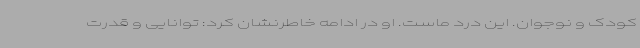
کودک و نوجوان. این درد ماست. او در ادامه خاطرنشان کرد: توانایی و قدرت